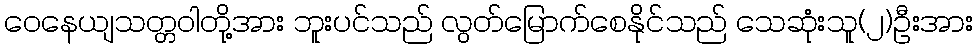
ဝေနေယျသတ္တဝါတို့အား ဘူးပင်သည် လွတ်မြောက်စေနိုင်သည် သေဆုံးသူ(၂)ဦးအား